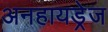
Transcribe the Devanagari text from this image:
अनहायड्रेज